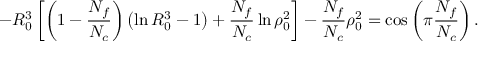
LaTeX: - R _ { 0 } ^ { 3 } \left[ \left( 1 - \frac { N _ { f } } { N _ { c } } \right) \left( \ln R _ { 0 } ^ { 3 } - 1 \right) + \frac { N _ { f } } { N _ { c } } \ln \rho _ { 0 } ^ { 2 } \right] - \frac { N _ { f } } { N _ { c } } \rho _ { 0 } ^ { 2 } = \cos \left( \pi \frac { N _ { f } } { N _ { c } } \right) .